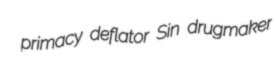
primacy deflator Sin drugmaker